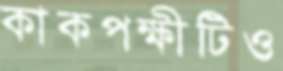
কাকপক্ষীটিও